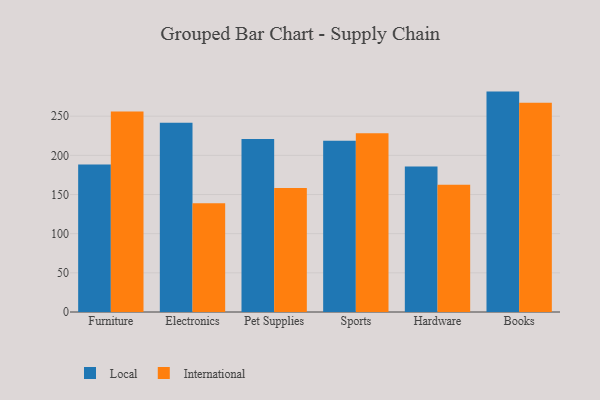
{"axis": {"x": "Category", "y": "Backlog"}, "legend": ["International", "Local"], "data": [{"x": "Furniture", "y": 188.2, "type": "Local"}, {"x": "Furniture", "y": 256.1, "type": "International"}, {"x": "Electronics", "y": 241.5, "type": "Local"}, {"x": "Electronics", "y": 139.0, "type": "International"}, {"x": "Pet Supplies", "y": 221.0, "type": "Local"}, {"x": "Pet Supplies", "y": 158.3, "type": "International"}, {"x": "Sports", "y": 218.7, "type": "Local"}, {"x": "Sports", "y": 228.2, "type": "International"}, {"x": "Hardware", "y": 185.9, "type": "Local"}, {"x": "Hardware", "y": 162.4, "type": "International"}, {"x": "Books", "y": 281.4, "type": "Local"}, {"x": "Books", "y": 267.2, "type": "International"}]}